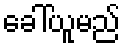
ခေါ်ယူမည်